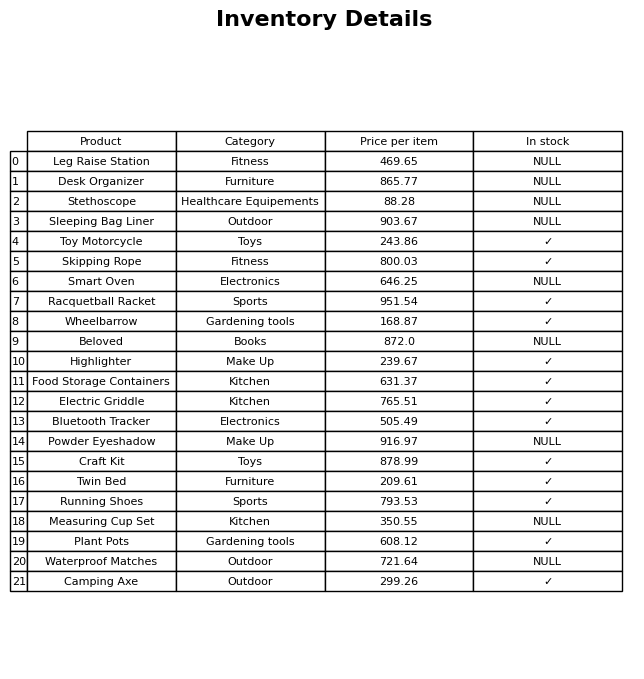
question: What is the price of the Sleeping Bag Liner?
answer: The price of Sleeping Bag Liner is 903.67.